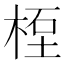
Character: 𥒯